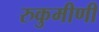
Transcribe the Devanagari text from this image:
रुकुमीणी